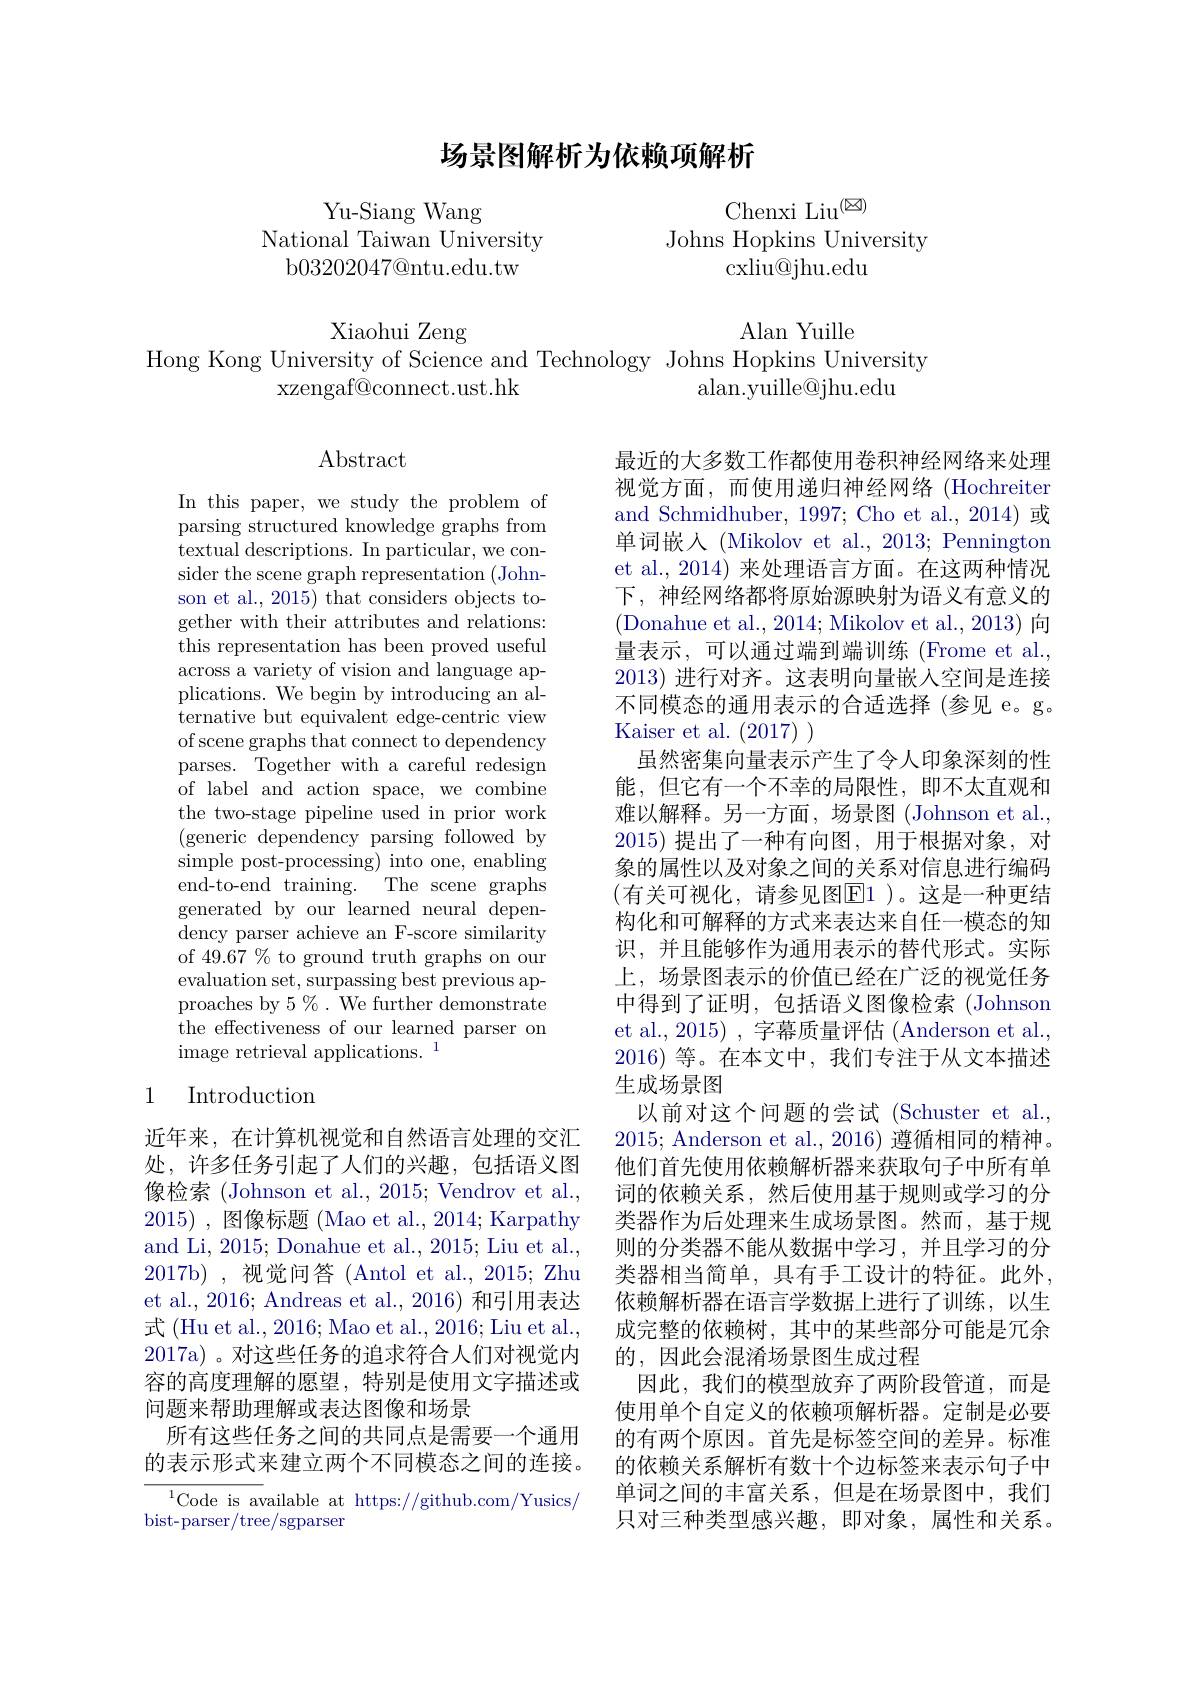
# 场景图解析为依赖项解析

Yu-Siang Wang
National Taiwan University
b03202047@ntu.edu.tw

Chenxi Liu$^{(\boxtimes)}$
Johns Hopkins University
cxliu@jhu.edu

Xiaohui Zeng
Alan Yuille
Hong Kong University of Science and Technology Johns Hopkins University
xzengaf@connect.ust.hk
alan.yuille@jhu.edu

$\operatorname{Abstract}$

In this paper, we study the problem of parsing structured knowledge graphs from textual descriptions. In particular, we consider the scene graph representation (Johnson et al., 2015) that considers objects together with their attributes and relations: this representation has been proved useful across a variety of vision and language applications. We begin by introducing an alternative but equivalent edge-centric view of scene graphs that connect to dependency parses. Together with a careful redesign of label and action space, we combine the two-stage pipeline used in prior work (generic dependency parsing followed by simple post-processing) into one, enabling end-to-end training. The scene graphs generated by our learned neural dependency parser achieve an F-score similarity of 49.67 % to ground truth graphs on our evaluation set, surpassing best previous approaches by $5\%.$ We further demonstrate ${\mathrm{the~effectiveness~of~our~learned~parser~on}}$ image retrieval applications. 1

最近的大多数工作都使用卷积神经网络来处理视觉方面，而使用递归神经网络 (Hochreiter and Schmidhuber, 1997; Cho et al., 2014) 或单词嵌人 (Mikolov et al., 2013; Pennington et al., 2014) 来处理语言方面。在这两种情况下，神经网络都将原始源映射为语义有意义的(Donahue et al., 2014; Mikolov et al., 2013) 向量表示，可以通过端到端训练(Frome et al., 2013) 进行对齐。这表明向量嵌人空间是连接不同模态的通用表示的合适选择(参见 e。g。Kaiser et al. (2017)
虽然密集向量表示产生了令人印象深刻的性能，但它有一个不幸的局限性，即不太直观和难以解释。另一方面，场景图(Johnson et al., 2015)提出了一种有向图，用于根据对象，对象的属性以及对象之间的关系对信息进行编码(有关可视化，请参见图$\boxed{\mathrm{E}}1)$。这是一种更结构化和可解释的方式来表达来自任一模态的知识，并且能够作为通用表示的替代形式。实际上，场景图表示的价值已经在广泛的视觉任务中得到了证明，包括语义图像检索(Johnson et al., 2015) , 字幕质量评估 (Anderson et al., 2016)等。在本文中，我们专注于从文本描述生成场景图
以前对这个问题的尝试 (Schuster et al., 2015; Anderson et al., 2016) 遵循相同的精神。他们首先使用依赖解析器来获取句子中所有单词的依赖关系，然后使用基于规则或学习的分类器作为后处理来生成场景图。然而，基于规则的分类器不能从数据中学习，并且学习的分类器相当简单，具有手工设计的特征。此外， 依赖解析器在语言学数据上进行了训练，以生成完整的依赖树，其中的某些部分可能是冗余的，因此会混淆场景图生成过程
因此，我们的模型放弃了两阶段管道，而是使用单个自定义的依赖项解析器。定制是必要的有两个原因。首先是标签空间的差异。标准的依赖关系解析有数十个边标签来表示句子中单词之间的丰富关系，但是在场景图中，我们只对三种类型感兴趣，即对象，属性和关系。

## 1 Introduction

近年来，在计算机视觉和自然语言处理的交汇处，许多任务引起了人们的兴趣，包括语义图像检索 (Johnson et al., 2015; Vendrov et al., 2015) ,图像标题 (Mao et al., 2014; Karpathy and Li, 2015; Donahue et al., 2015; Liu et al., 2017b),视觉问答 (Antol et al., 2015; Zhu et al., 2016; Andreas et al., 2016) 和引用表达式 (Hu et al., 2016; Mao et al., 2016; Liu et al., 2017a) 。对这些任务的追求符合人们对视觉内容的高度理解的愿望，特别是使用文字描述或问题来帮助理解或表达图像和场景
所有这些任务之间的共同点是需要一个通用的表示形式来建立两个不同模态之间的连接。

$^{1}$Code is available at https://github.com/Yusics/
bist-parser/tree/sgparser